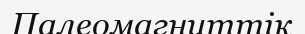
Палеомагниттік